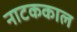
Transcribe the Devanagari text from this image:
नाटककाल